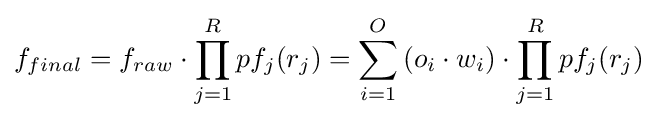
f_{final}=f_{raw}\cdot \prod _{j=1}^{R}{pf_{j}(r_{j})}=\sum _{i=1}^{O}{(o_{i}\cdot w_{i})}\cdot \prod _{j=1}^{R}{pf_{j}(r_{j})}